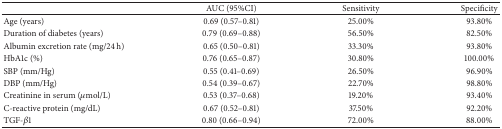
<table><thead><tr><td></td><td><b>AUC (95%CI) </b></td><td><b>Sensitivity </b></td><td><b>Specificity </b></td></tr></thead><tbody><tr><td>Age (years)</td><td>0.69 (0.57–0.81)</td><td>25.00%</td><td>93.80%</td></tr><tr><td>Duration of diabetes (years)</td><td>0.79 (0.69–0.88)</td><td>56.50%</td><td>82.50%</td></tr><tr><td>Albumin excretion rate (mg/24 h)</td><td>0.65 (0.50–0.81)</td><td>33.30%</td><td>93.80%</td></tr><tr><td>HbA1c (%)</td><td>0.76 (0.65–0.87)</td><td>30.80%</td><td>100.00%</td></tr><tr><td>SBP (mm/Hg)</td><td>0.55 (0.41–0.69)</td><td>26.50%</td><td>96.90%</td></tr><tr><td>DBP (mm/Hg)</td><td>0.54 (0.39–0.67)</td><td>22.70%</td><td>98.80%</td></tr><tr><td>Creatinine in serum (<i>μ</i>mol/L)</td><td>0.53 (0.37–0.68)</td><td>19.20%</td><td>93.40%</td></tr><tr><td>C-reactive protein (mg/dL)</td><td>0.67 (0.52–0.81)</td><td>37.50%</td><td>92.20%</td></tr><tr><td>TGF-<i>β</i>1</td><td>0.80 (0.66–0.94)</td><td>72.00%</td><td>88.00%</td></tr></tbody></table>